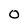
Character: O